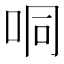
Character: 哃